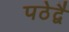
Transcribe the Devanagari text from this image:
पठेद्वै